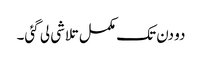
دو دن تک مکمل تلاشی لی گئی۔